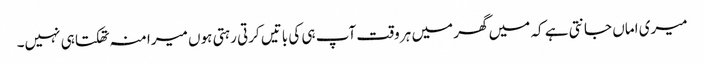
میری اماں جانتی ہے کہ میں گھر میں ہر وقت آپ ہی کی باتیں کرتی رہتی ہوں میرا منہ تھکتا ہی نہیں۔